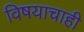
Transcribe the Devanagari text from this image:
विषयाचाही